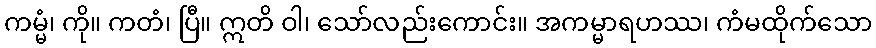
ကမ္မံ၊ ကို။ ကတံ၊ ပြီ။ ဣတိ ဝါ၊ သော်လည်းကောင်း။ အကမ္မာရဟဿ၊ ကံမထိုက်သော